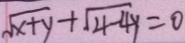
\sqrt { x + y } + \sqrt { 4 - 4 y } = 0